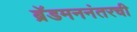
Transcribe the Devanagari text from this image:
ब्रॅडमननंतरची